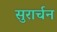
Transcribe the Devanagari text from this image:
सुरार्चन